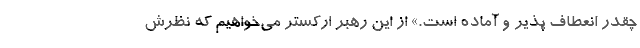
چقدر انعطاف پذیر و آماده است.» از این رهبر ارکستر می‌خواهیم که نظرش